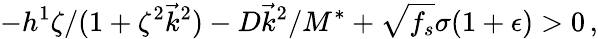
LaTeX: -h^{1}\zeta/(1+\zeta^{2}\vec{k}^{2})-D\vec{k}^{2}/M^{*}+\sqrt{f_{s}}\sigma(1+\epsilon)>0\, ,